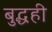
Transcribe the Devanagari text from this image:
बुद्धही